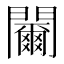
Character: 䦵